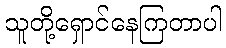
သူတို့ရှောင်နေကြတာပါ